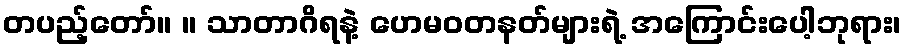
တပည့်တော်။ ။ သာတာဂိရနဲ့ ဟေမဝတနတ်များရဲ့ အကြောင်းပေါ့ဘုရား၊